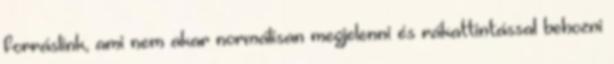
forráslink, ami nem akar normálisan megjelenni és rákattintással behozni